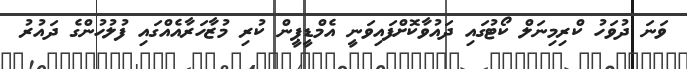
ވަނަ ދުވަހު ކްރިމިނަލް ކޯޓުގައި ދައުވާކޮށްފައިވަނީ އެމްޑީޕީން ކުރި މުޒާހަރާއެއްގައި ފުލުހުންގެ ދައުރު